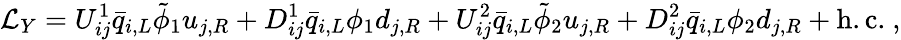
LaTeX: {\cal L}_{Y}=U_{ij}^{1}{\bar{q}}_{i,L}{\tilde{\phi}}_{1}u_{j,R}+D_{ij}^{1}{\bar{q}}_{i,L}{\phi}_{1}d_{j,R}+U_{ij}^{2}{\bar{q}}_{i,L}{\tilde{\phi}}_{2}u_{j,R}+D_{ij}^{2}{\bar{q}}_{i,L}{\phi}_{2}d_{j,R}+\mathrm{h.c.}~,